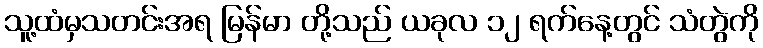
သူ့ထံမှသတင်းအရ မြန်မာ တို့သည် ယခုလ ၁၂ ရက်နေ့တွင် သံတွဲကို